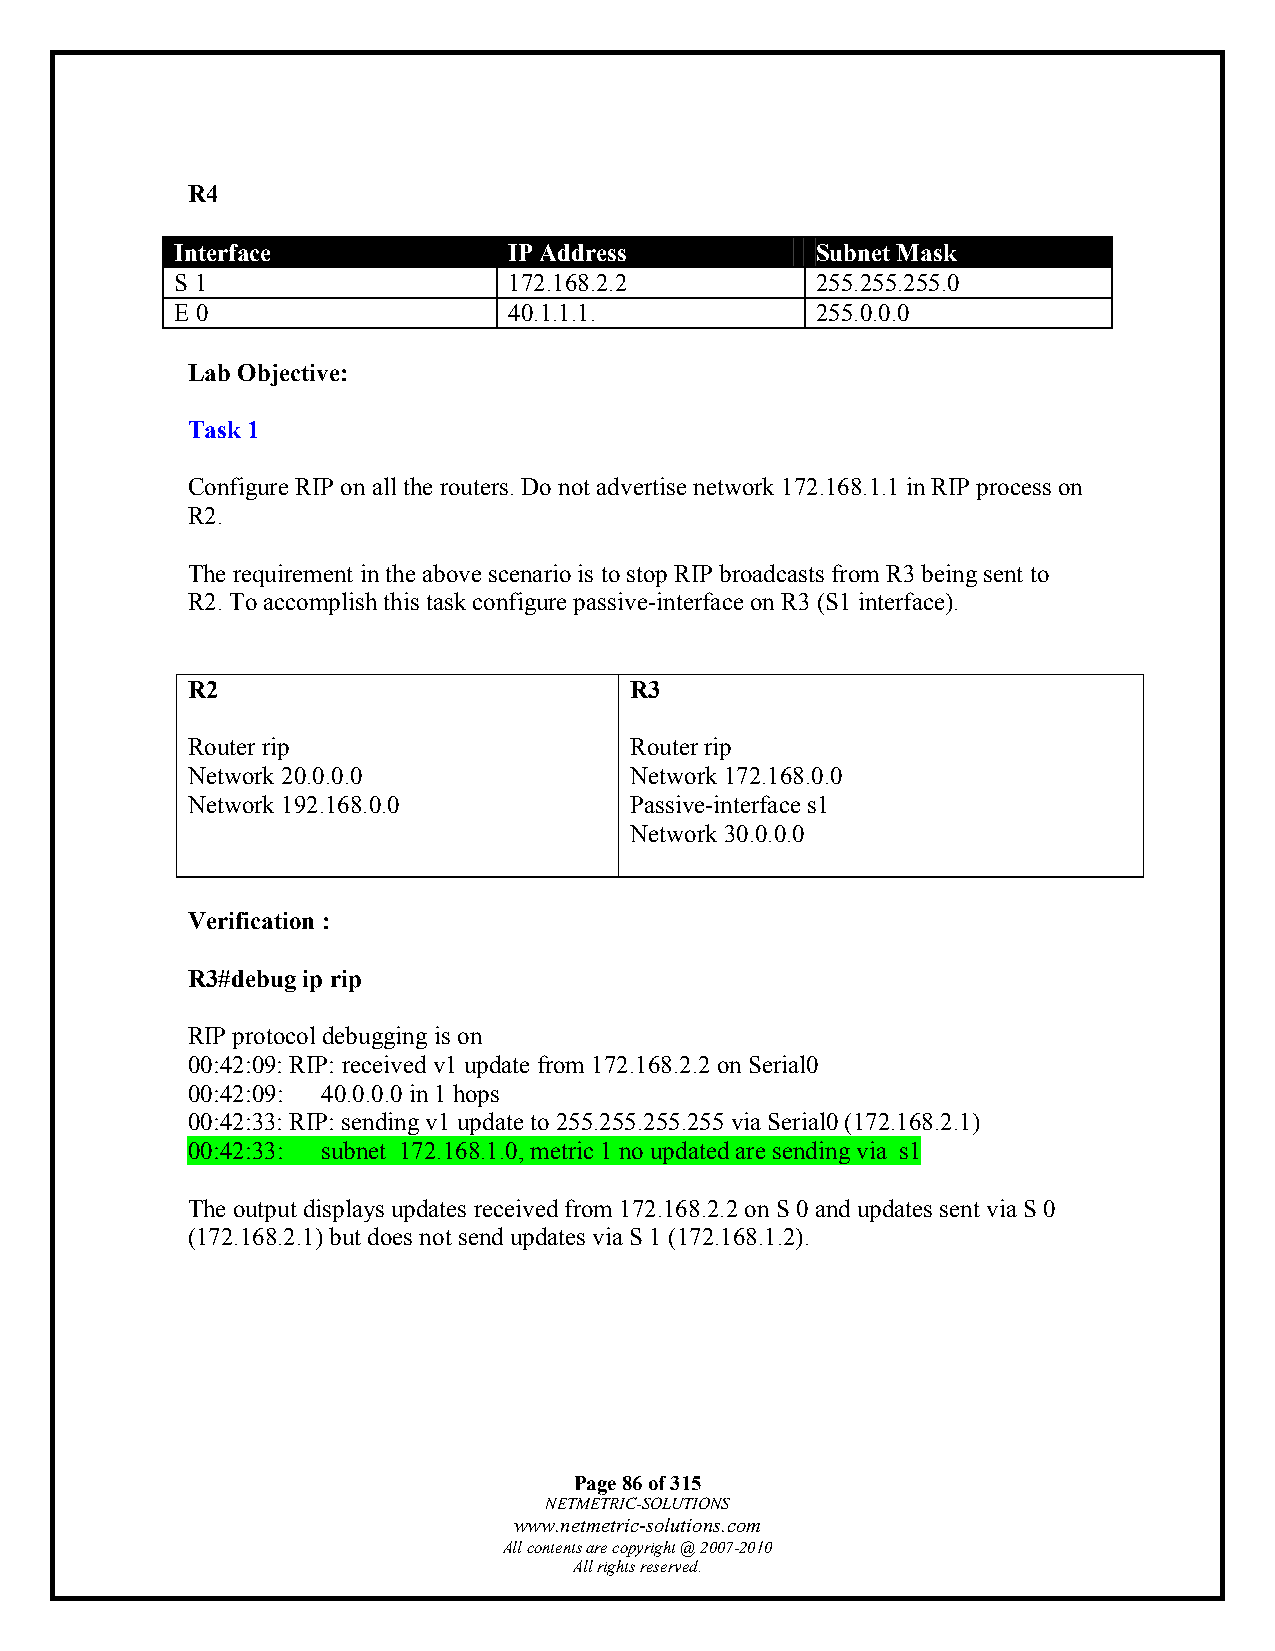
R4
 Interface             IP Address          Subnet Mask
 S 1                   172.168.2.2         255.255.255.0
 E 0                   40.1.1.1.           255.0.0.0
 Lab Objective:
 Task 1
 Configure RIP on all the routers. Do not advertise network 172.168.1.1 in RIP process on
 R2.
 The requirement in the above scenario is to stop RIP broadcasts from R3 being sent to
 R2. To accomplish this task configure passive-interface on R3 (S1 interface).
 R2                            R3
 Router rip                    Router rip
 Network 20.0.0.0              Network 172.168.0.0
 Network 192.168.0.0           Passive-interface s1
 Network 30.0.0.0
 Verification :
 R3#debug ip rip
 RIP protocol debugging is on
 00:42:09: RIP: received v1 update from 172.168.2.2 on Serial0
 00:42:09: 40.0.0.0 in 1 hops
 00:42:33: RIP: sending v1 update to 255.255.255.255 via Serial0 (172.168.2.1)
 00:42:33: subnet 172.168.1.0, metric 1 no updated are sending via s1
 The output displays updates received from 172.168.2.2 on S 0 and updates sent via S 0
 (172.168.2.1) but does not send updates via S 1 (172.168.1.2).
 Page 86 of 315
 NETMETRIC-SOLUTIONS
 www.netmetric-solutions.com
 All contents are copyright @ 2007-2010
 All rights reserved.